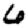
Digit: 6